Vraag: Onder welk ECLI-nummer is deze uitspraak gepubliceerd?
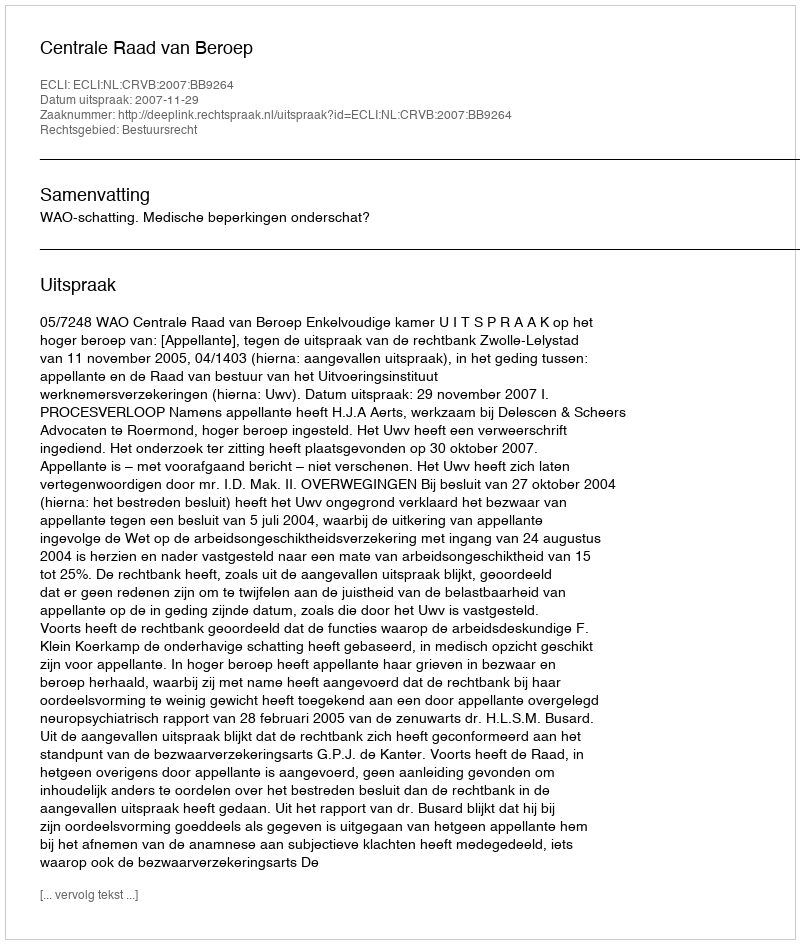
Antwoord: ECLI:NL:CRVB:2007:BB9264